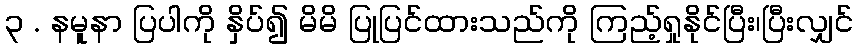
၃ . နမူနာ ပြပါကို နှိပ်၍ မိမိ ပြုပြင်ထားသည်ကို ကြည့်ရှုနိုင်ပြီး၊ပြီးလျှင်